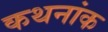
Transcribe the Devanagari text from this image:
कथनांक